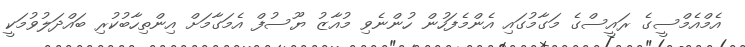
އެމްއެމްސީގެ ރައީސްގެ މަގާމުގައި އެންމެފަހުން ހުންނެވި މުއާޒު ޔޫސުފް އެމަގާމަށް އިންތިހާބުކުރި ބައްދަލުވުމަކީ